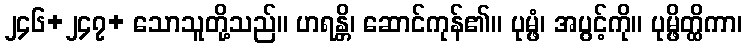
၂၄၆+၂၄၇+ သောသူတို့သည်။ ဟရန္တိ၊ ဆောင်ကုန်၏။ ပုမ္ဖံ၊ အပွင့်ကို။ ပုမ္ဖိတ္ထိကာ၊